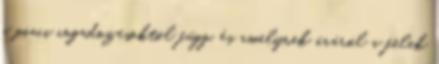
a piaci ingadozásoktól függ, és amelynek áráról a felek